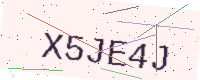
Text: X5JE4J